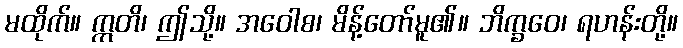
မထိုက်။ ဣတိ၊ ဤသို့။ အဝေါစ၊ မိန့်တော်မူ၏။ ဘိက္ခဝေ၊ ရဟန်းတို့။